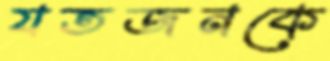
যতজনকে